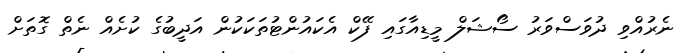
ނެރުއްވި ދުވަސްވަރު ސޯޝަލް މީޑިއާގައި ފޭކް އެކައުންޓުތަކަކުން އަދީބުގެ ކުށެއް ނެތް ގޮތަށް